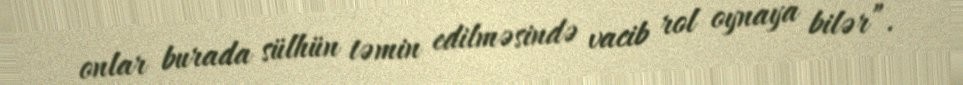
onlar burada sülhün təmin edilməsində vacib rol oynaya bilər”.